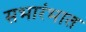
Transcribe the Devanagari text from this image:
सभारंभात